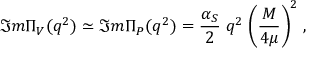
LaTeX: \Im m \Pi _ { V } ( q ^ { 2 } ) \simeq \Im m \Pi _ { P } ( q ^ { 2 } ) = \frac { \alpha _ { S } } { 2 } \; q ^ { 2 } \; \biggl ( \frac { M } { 4 \mu } \biggr ) ^ { 2 } \; ,